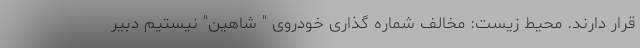
قرار دارند. محیط زیست: مخالف شماره گذاری خودروی " شاهین" نیستیم دبیر